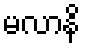
မလာနိ